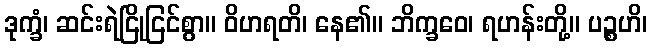
ဒုက္ခံ၊ ဆင်းရဲငြိုငြင်စွာ။ ဝိဟရတိ၊ နေ၏။ ဘိက္ခဝေ၊ ရဟန်းတို့။ ပဉ္စဟိ၊